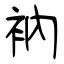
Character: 衲